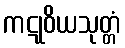
ကဋုဝိယသုတ္တံ